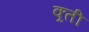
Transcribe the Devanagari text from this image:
क्र्ती